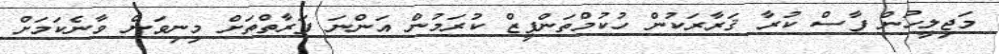
މަޖިލީހުން ފާސް ކުރާ ޤަރާރަކުން ހުކުމްތަންފީޒް ކުރަމުން އަންނަ ފަރާތްތަށް މިނިވަން ވާނެކަމަށް